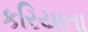
કરિયાતા